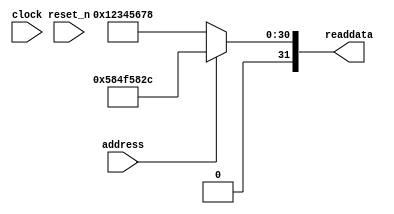
module wasca_sysid_qsys_0 (
                address,
                clock,
                reset_n,
                readdata
             )
;
  output  [ 31: 0] readdata;
  input            address;
  input            clock;
  input            reset_n;
  wire    [ 31: 0] readdata;
  assign readdata = address ? 1481594924 : 305419896;
endmodule